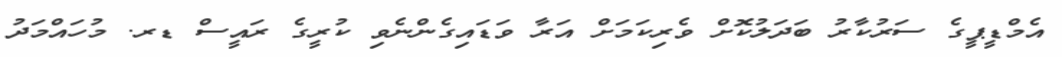
އެމްޑީޕީގެ ސަރުކާރު ބަދަލުކޮށް ވެރިކަމަށް އަރާ ވަޑައިގެންނެވި ކުރީގެ ރައީސް ޑރ. މުހައްމަދު